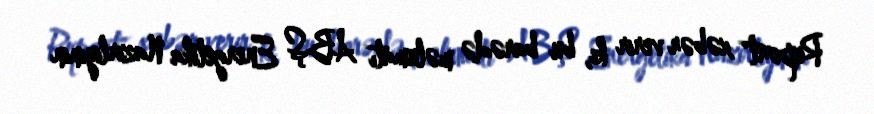
Report" xəbər verir ki, bu barədə məlumatı ABŞ Energetika Nazirliyinin